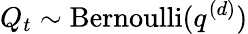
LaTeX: Q_{t}\sim\mathrm{Bernoulli}(q^{(d)})